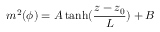
m ^ { 2 } ( \phi ) = A \operatorname { t a n h } ( \frac { z - z _ { 0 } } { L } ) + B